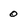
Character: 0